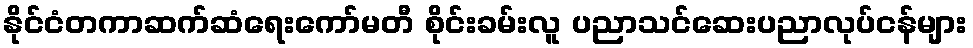
နိုင်ငံတကာဆက်ဆံရေးကော်မတီ စိုင်းခမ်းလူ ပညာသင်ဆေးပညာလုပ်ငန်များ